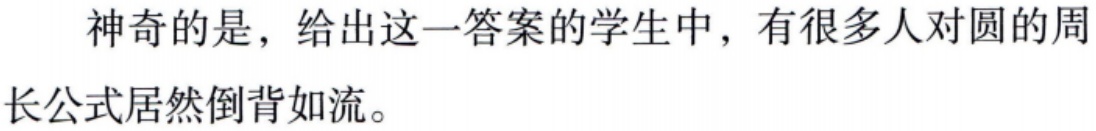
神奇的是，给出这一答案的学生中，有很多人对圆的周长公式居然倒背如流。